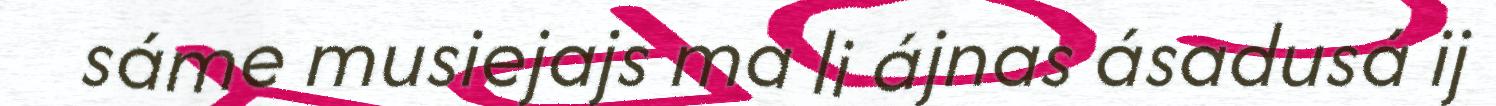
sáme musiejajs ma li ájnas ásadusá ij